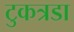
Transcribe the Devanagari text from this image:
टुकत्रडा